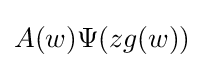
A(w)\Psi (zg(w))